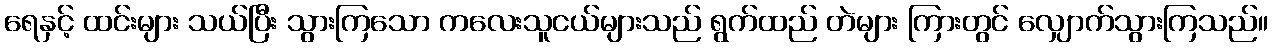
ရေနှင့် ထင်းများ သယ်ပြီး သွားကြသော ကလေးသူငယ်များသည် ရွက်ထည် တဲများ ကြားတွင် လျှောက်သွားကြသည်။